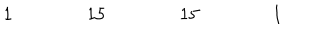
\begin{array} { c c c c c c c c c c c c c c c c c } { { } } & { { } } & { { 1 } } & { { } } & { { } } & { { } } & { { 1 5 } } & { { } } & { { } } & { { } } & { { 1 5 } } & { { } } & { { } } & { { } } & { { 1 } } & { { } } & { { } } \\ \end{array}